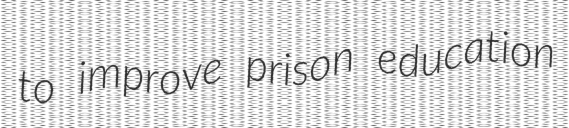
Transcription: to improve prison education